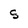
Character: S